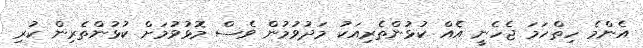
އެންމެ ހިތްހަމަ ޖެހެނީ އެއް ކުޅުންތެރިއަކު މަދުވުމުން ވެސް މޮޅުވުމަށް ކުޅުންތެރިން ކުރި